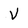
Character: V